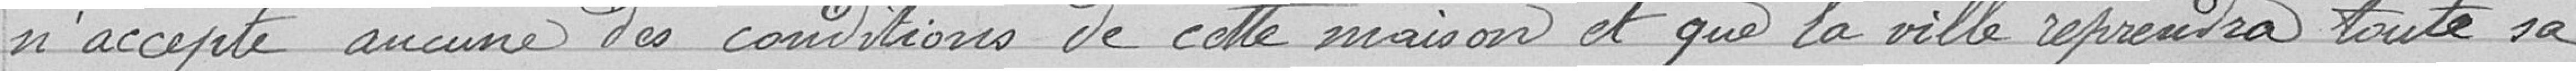
n'accepte aucune des conditions de cette maison, et que la Ville reprendra toute sa